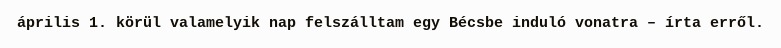
április 1. körül valamelyik nap felszálltam egy Bécsbe induló vonatra – írta erről.